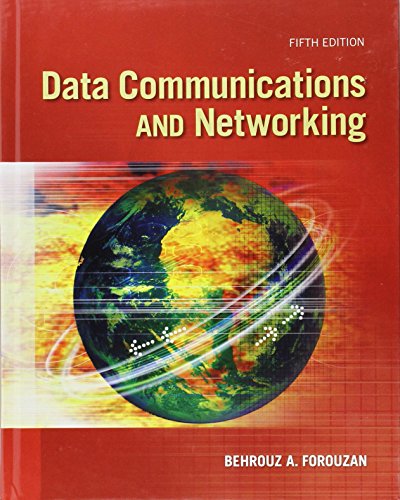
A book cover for Data Communications and Networking; Behrouz A. Forouzan; Computers & Technology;